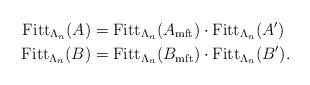
LaTeX: \begin{align*}\mathrm{Fitt}_{\Lambda_n}(A) & = \mathrm{Fitt}_{\Lambda_n}( A_{\mathrm{mft}} ) \cdot \mathrm{Fitt}_{\Lambda_n} (A') \\\mathrm{Fitt}_{\Lambda_n}(B) & = \mathrm{Fitt}_{\Lambda_n}( B_{\mathrm{mft}} ) \cdot \mathrm{Fitt}_{\Lambda_n} (B') .\end{align*}